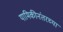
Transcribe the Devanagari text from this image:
यामिकीनंतरच्या